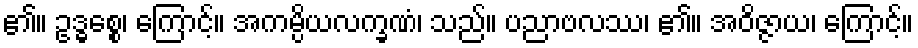
၏။ ဥဒ္ဓစ္စေ၊ ကြောင့်။ အကမ္ပိယလက္ခဏံ၊ သည်။ ပညာဗလဿ၊ ၏။ အဝိဇ္ဇာယ၊ ကြောင့်။